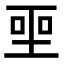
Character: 𪡅